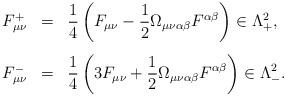
LaTeX: \begin{align*}\begin{array}{lll}F^{+}_{\mu\nu} & = & \displaystyle\frac{1}{4}\left(F_{\mu\nu}-\frac{1}{2}\Omega_{\mu\nu\alpha\beta}F^{\alpha\beta}\right)\in\Lambda^{2}_{+},\vspace{.3cm}\\F^{-}_{\mu\nu} & = & \displaystyle\frac{1}{4}\left(3F_{\mu\nu}+\frac{1}{2}\Omega_{\mu\nu\alpha\beta}F^{\alpha\beta}\right)\in\Lambda^{2}_{-}.\end{array}\end{align*}